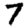
Digit: 7